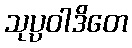
သုပ္ပဝါဒိတေ